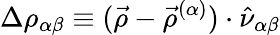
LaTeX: \Delta\rho_{\alpha\beta}\equiv(\vec{\rho}-\vec{\rho}^{(\alpha)})\cdot\hat{\nu}_{\alpha\beta}